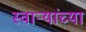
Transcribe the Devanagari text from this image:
स्वाऱ्यांच्या